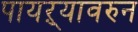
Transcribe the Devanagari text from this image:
पायऱ्यावरुन